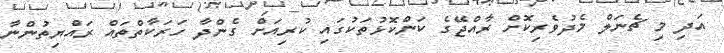
އަދި މި ޗެނަލް މެދުވެރިކޮށް ރާއްޖޭގެ ކަންކޮޅުތަކުގައި ކުރިއަށް ގެންދާ ހަރަކާތްތައް ރައްޔިތުންނާ